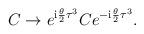
LaTeX: \begin{align*}C\rightarrow e^{\mathrm{i} {\theta\over 2}\tau^3} C e^{-\mathrm{i} {\theta\over 2}\tau^3}.\end{align*}